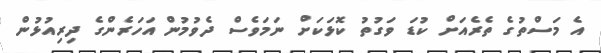
އެ މަސްތުގެ ތެރެއަށް ކުޑަ ވަގުތު ކޮޅަކަށް ނަމަވެސް ދެވުމުން އަހަރެންގެ ދިރިއުޅުން